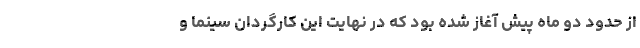
از حدود دو ماه پیش آغاز شده بود که در نهایت این کارگردان سینما و